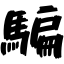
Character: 騙